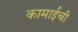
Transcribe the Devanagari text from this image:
कामाईची